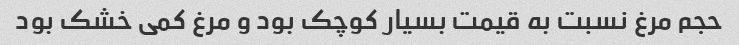
حجم مرغ نسبت به قیمت بسیار کوچک بود و مرغ کمی خشک بود